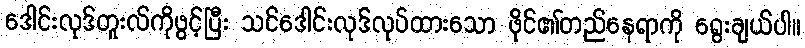
ဒေါင်းလုဒ်တူးလ်ကိုဖွင့်ပြီး သင်ဒေါင်းလုဒ်လုပ်ထားသော ဖိုင်၏တည်နေရာကို ရွေးချယ်ပါ။